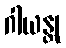
ဂါယန္တု